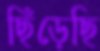
ছিঁড়েছি